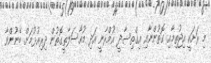
މި ރަށަކީ އިޖުތިމާއި ގޮތުންނާއި އިގްތިސާދީ އުމްރާނީ އަދި މުއާސަލާތީގޮތުން ދިރިއުޅުމަށް ބޭނުންވާ